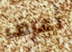
أعرف